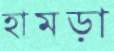
হামড়া